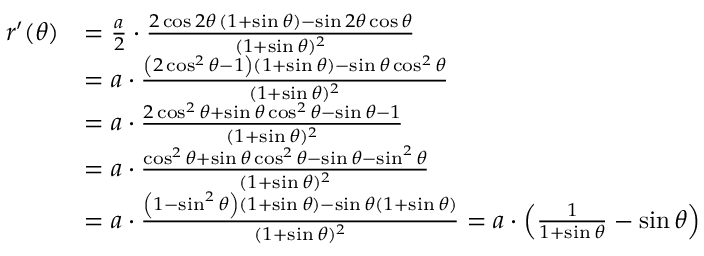
\begin{array} { r l } { r ^ { \prime } ( \theta ) } & { = \frac a 2 \cdot \frac { 2 \cos 2 \theta \, ( 1 + \sin \theta ) - \sin 2 \theta \cos \theta } { ( 1 + \sin \theta ) ^ { 2 } } } \\ & { = a \cdot \frac { \left( 2 \cos ^ { 2 } \theta - 1 \right) ( 1 + \sin \theta ) - \sin \theta \cos ^ { 2 } \theta } { ( 1 + \sin \theta ) ^ { 2 } } } \\ & { = a \cdot \frac { 2 \cos ^ { 2 } \theta + \sin \theta \cos ^ { 2 } \theta - \sin \theta - 1 } { ( 1 + \sin \theta ) ^ { 2 } } } \\ & { = a \cdot \frac { \cos ^ { 2 } \theta + \sin \theta \cos ^ { 2 } \theta - \sin \theta - \sin ^ { 2 } \theta } { ( 1 + \sin \theta ) ^ { 2 } } } \\ & { = a \cdot \frac { \left( 1 - \sin ^ { 2 } \theta \right) ( 1 + \sin \theta ) - \sin \theta ( 1 + \sin \theta ) } { ( 1 + \sin \theta ) ^ { 2 } } = a \cdot \left( \frac 1 { 1 + \sin \theta } - \sin \theta \right) } \end{array}